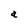
Character: a